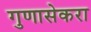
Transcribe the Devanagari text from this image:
गुणासेकरा